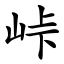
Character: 峠